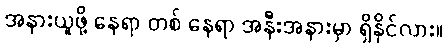
အနားယူဖို့ နေရာ တစ် နေရာ အနီးအနားမှာ ရှိနိုင်လား။